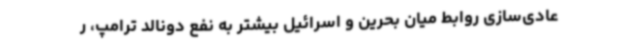
عادی‌سازی روابط میان بحرین و اسرائیل بیشتر به نفع دونالد ترامپ، ر